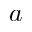
a